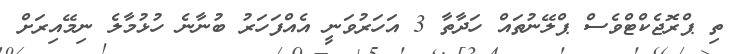
ތި ޕްރޮޖެކްޓްވެސް ޕްލޭނުތައް ހަދާތާ 3 އަހަރުވަނީ އެއްފަހަރު ބުނާނެ ހުޅުމާލެ ނިމޭއިރަށް